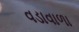
વડાવાળા